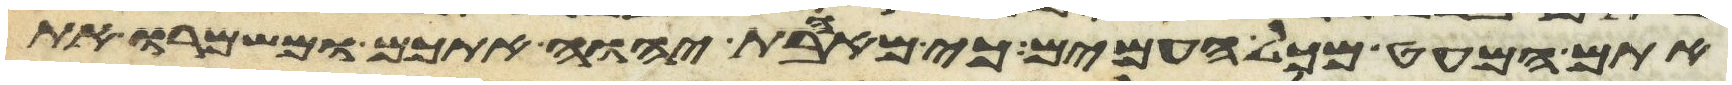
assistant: אתם המעט מכל העמים כי מאהבת יהוה אתכם ומשמרו את